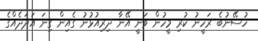
ހުސޭނުބެ ރަހީނު ކުރި މީހުން ވަނީ އޭނާ ދިރިއުޅުނު ގެއިން ގިނަ އަދަދެއްގެ